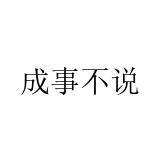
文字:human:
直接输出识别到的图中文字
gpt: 成事不说